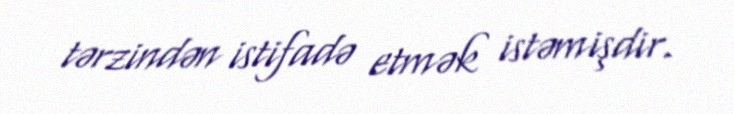
tərzindən istifadə etmək istəmişdir.